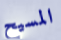
المسيح